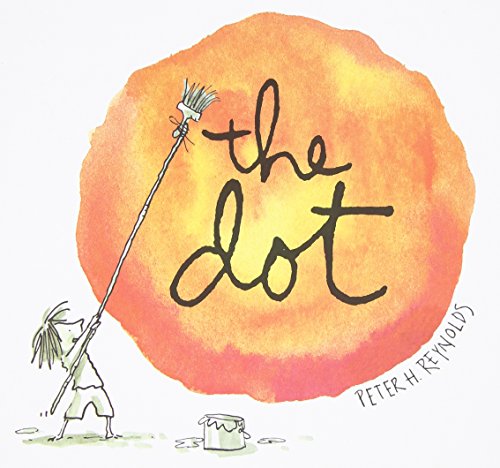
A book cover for The Dot; Peter H. Reynolds; Arts & Photography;